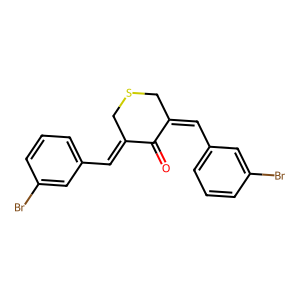
SMILES: O=C1C(=Cc2cccc(Br)c2)CSCC1=Cc1cccc(Br)c1
Inhibits HIV replication: No